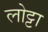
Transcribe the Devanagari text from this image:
लोट्टा